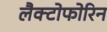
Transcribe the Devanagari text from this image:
लैक्टोफोरिन